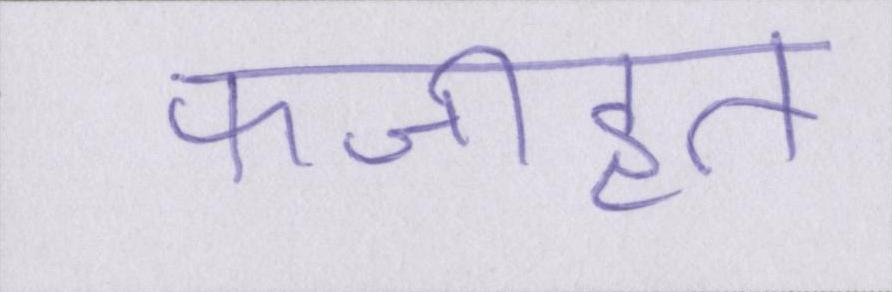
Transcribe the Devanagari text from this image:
फजीहत